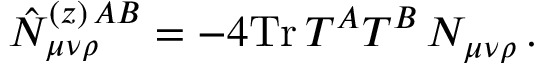
\hat { N } _ { \mu \nu \rho } ^ { ( z ) \, A B } = - 4 \mathrm { T r } \, T ^ { A } T ^ { B } \, N _ { \mu \nu \rho } \, .